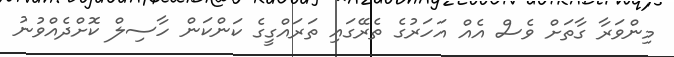
މިންވަރާ ގާތަށް ވެސް އެއް އަހަރުގެ ތެރޭގައި ތަރައްގީގެ ކަންކަން ހާސިލް ކޮށްދެއްވުނު